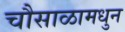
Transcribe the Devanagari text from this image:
चौसाळामधुन